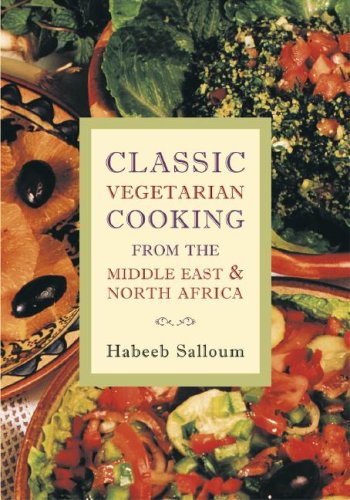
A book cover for Classic Vegetarian Cooking from the Middle East & North Africa; Habeeb Salloum; Cookbooks, Food & Wine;